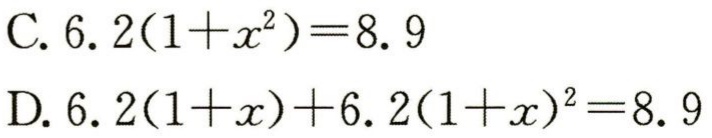
C. \(6.2(1 + x^{2}) = 8.9\)

D. \(6.2(1 + x)+6.2(1 + x)^{2}=8.9\)